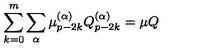
\sum _ { k = 0 } ^ { m } \sum _ { \alpha } \mu _ { p - 2 k } ^ { ( \alpha ) } Q _ { p - 2 k } ^ { ( \alpha ) } = \mu Q